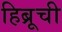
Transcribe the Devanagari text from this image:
हिब्रूची